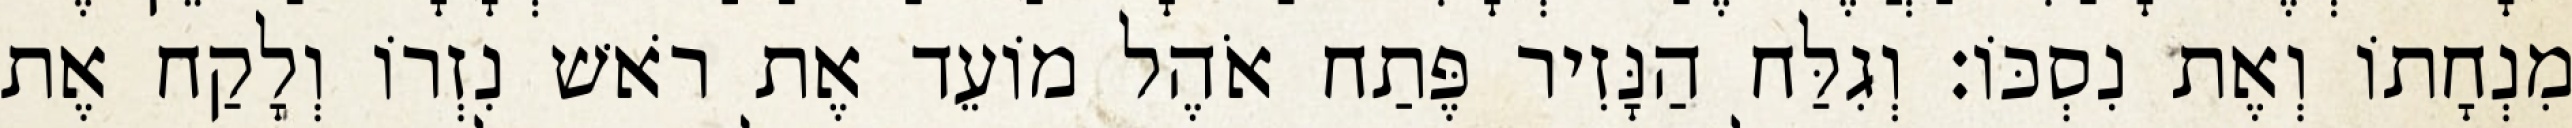
מִנְחָתוֹ וְאֶת נִסְכּוֹ׃ וְגִלַּח הַנָּזִיר פֶּתַח אֹהֶל מוֹעֵד אֶת רֹאשׁ נִזְרוֹ וְלָקַח אֶת